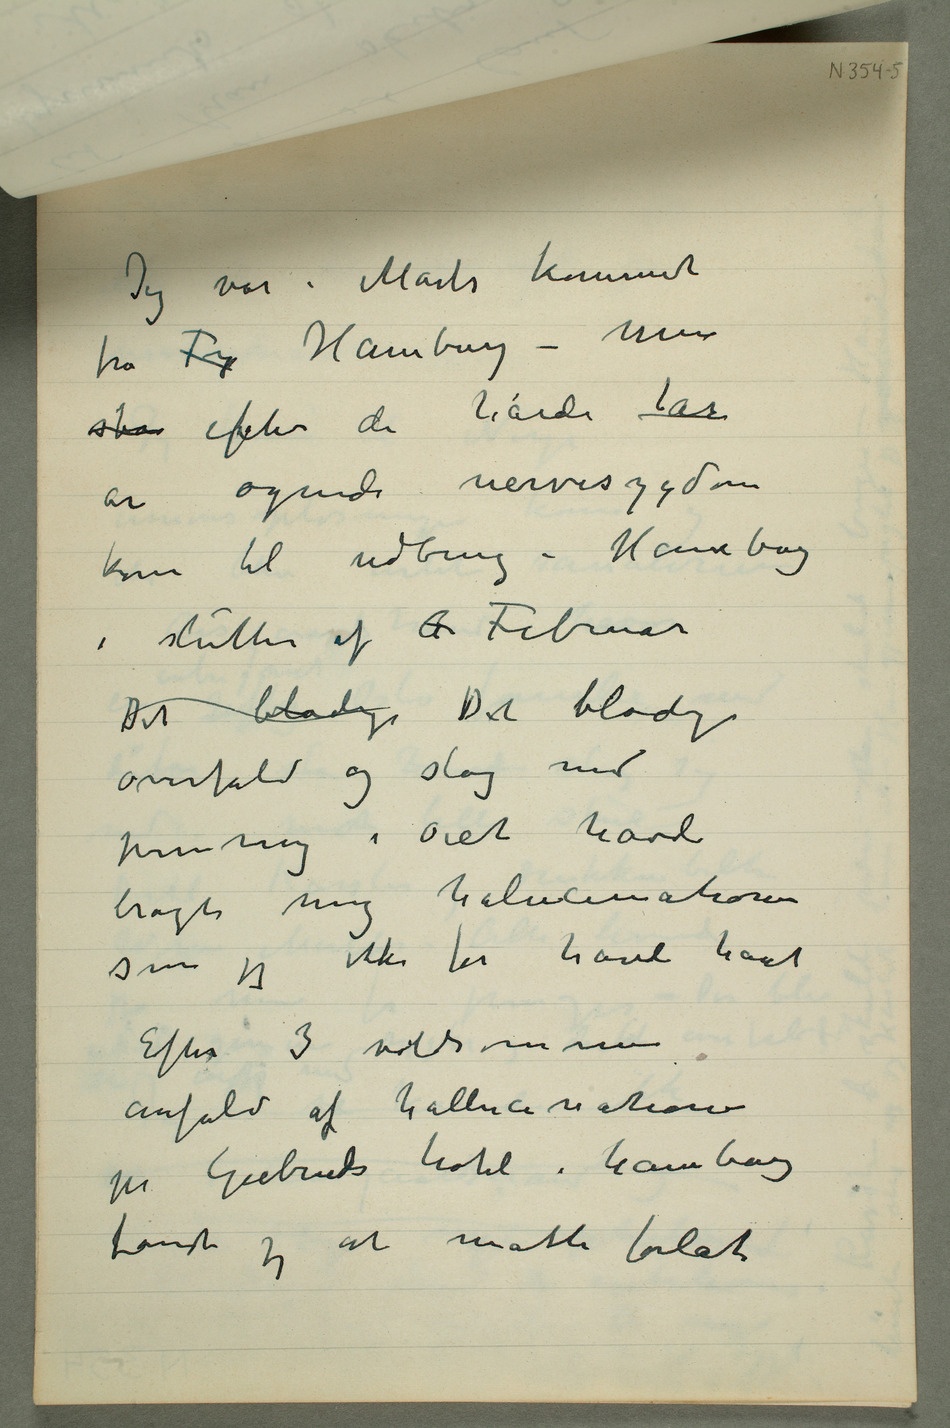
Jeg var i Marts kommet
fra Ty Hamburg – men
s efter de hårde år
år øgende nervesygdom
kom til udbrug i Hamburg
i slutten af A Februar
Det blodige Det blodige
overfald og slag med
jernring i øiet havde
halucinationer
som jeg ikke før havde havt
Efter 3 voldsomme
anfald af hallucinationer
på Giebrieds hotel i hamburg
fandt jeg at måtte forlate